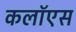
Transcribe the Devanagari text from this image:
कलॉएस